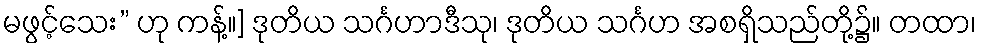
မဖွင့်သေး” ဟု ကန့်။] ဒုတိယ သင်္ဂဟာဒီသု၊ ဒုတိယ သင်္ဂဟ အစရှိသည်တို့၌။ တထာ၊